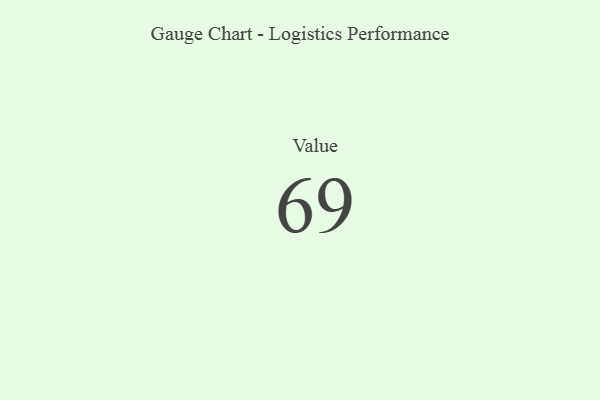
{"axis": {"x": "Metric", "y": "Value"}, "legend": [""], "data": [{"x": "Value", "y": 69, "type": ""}]}